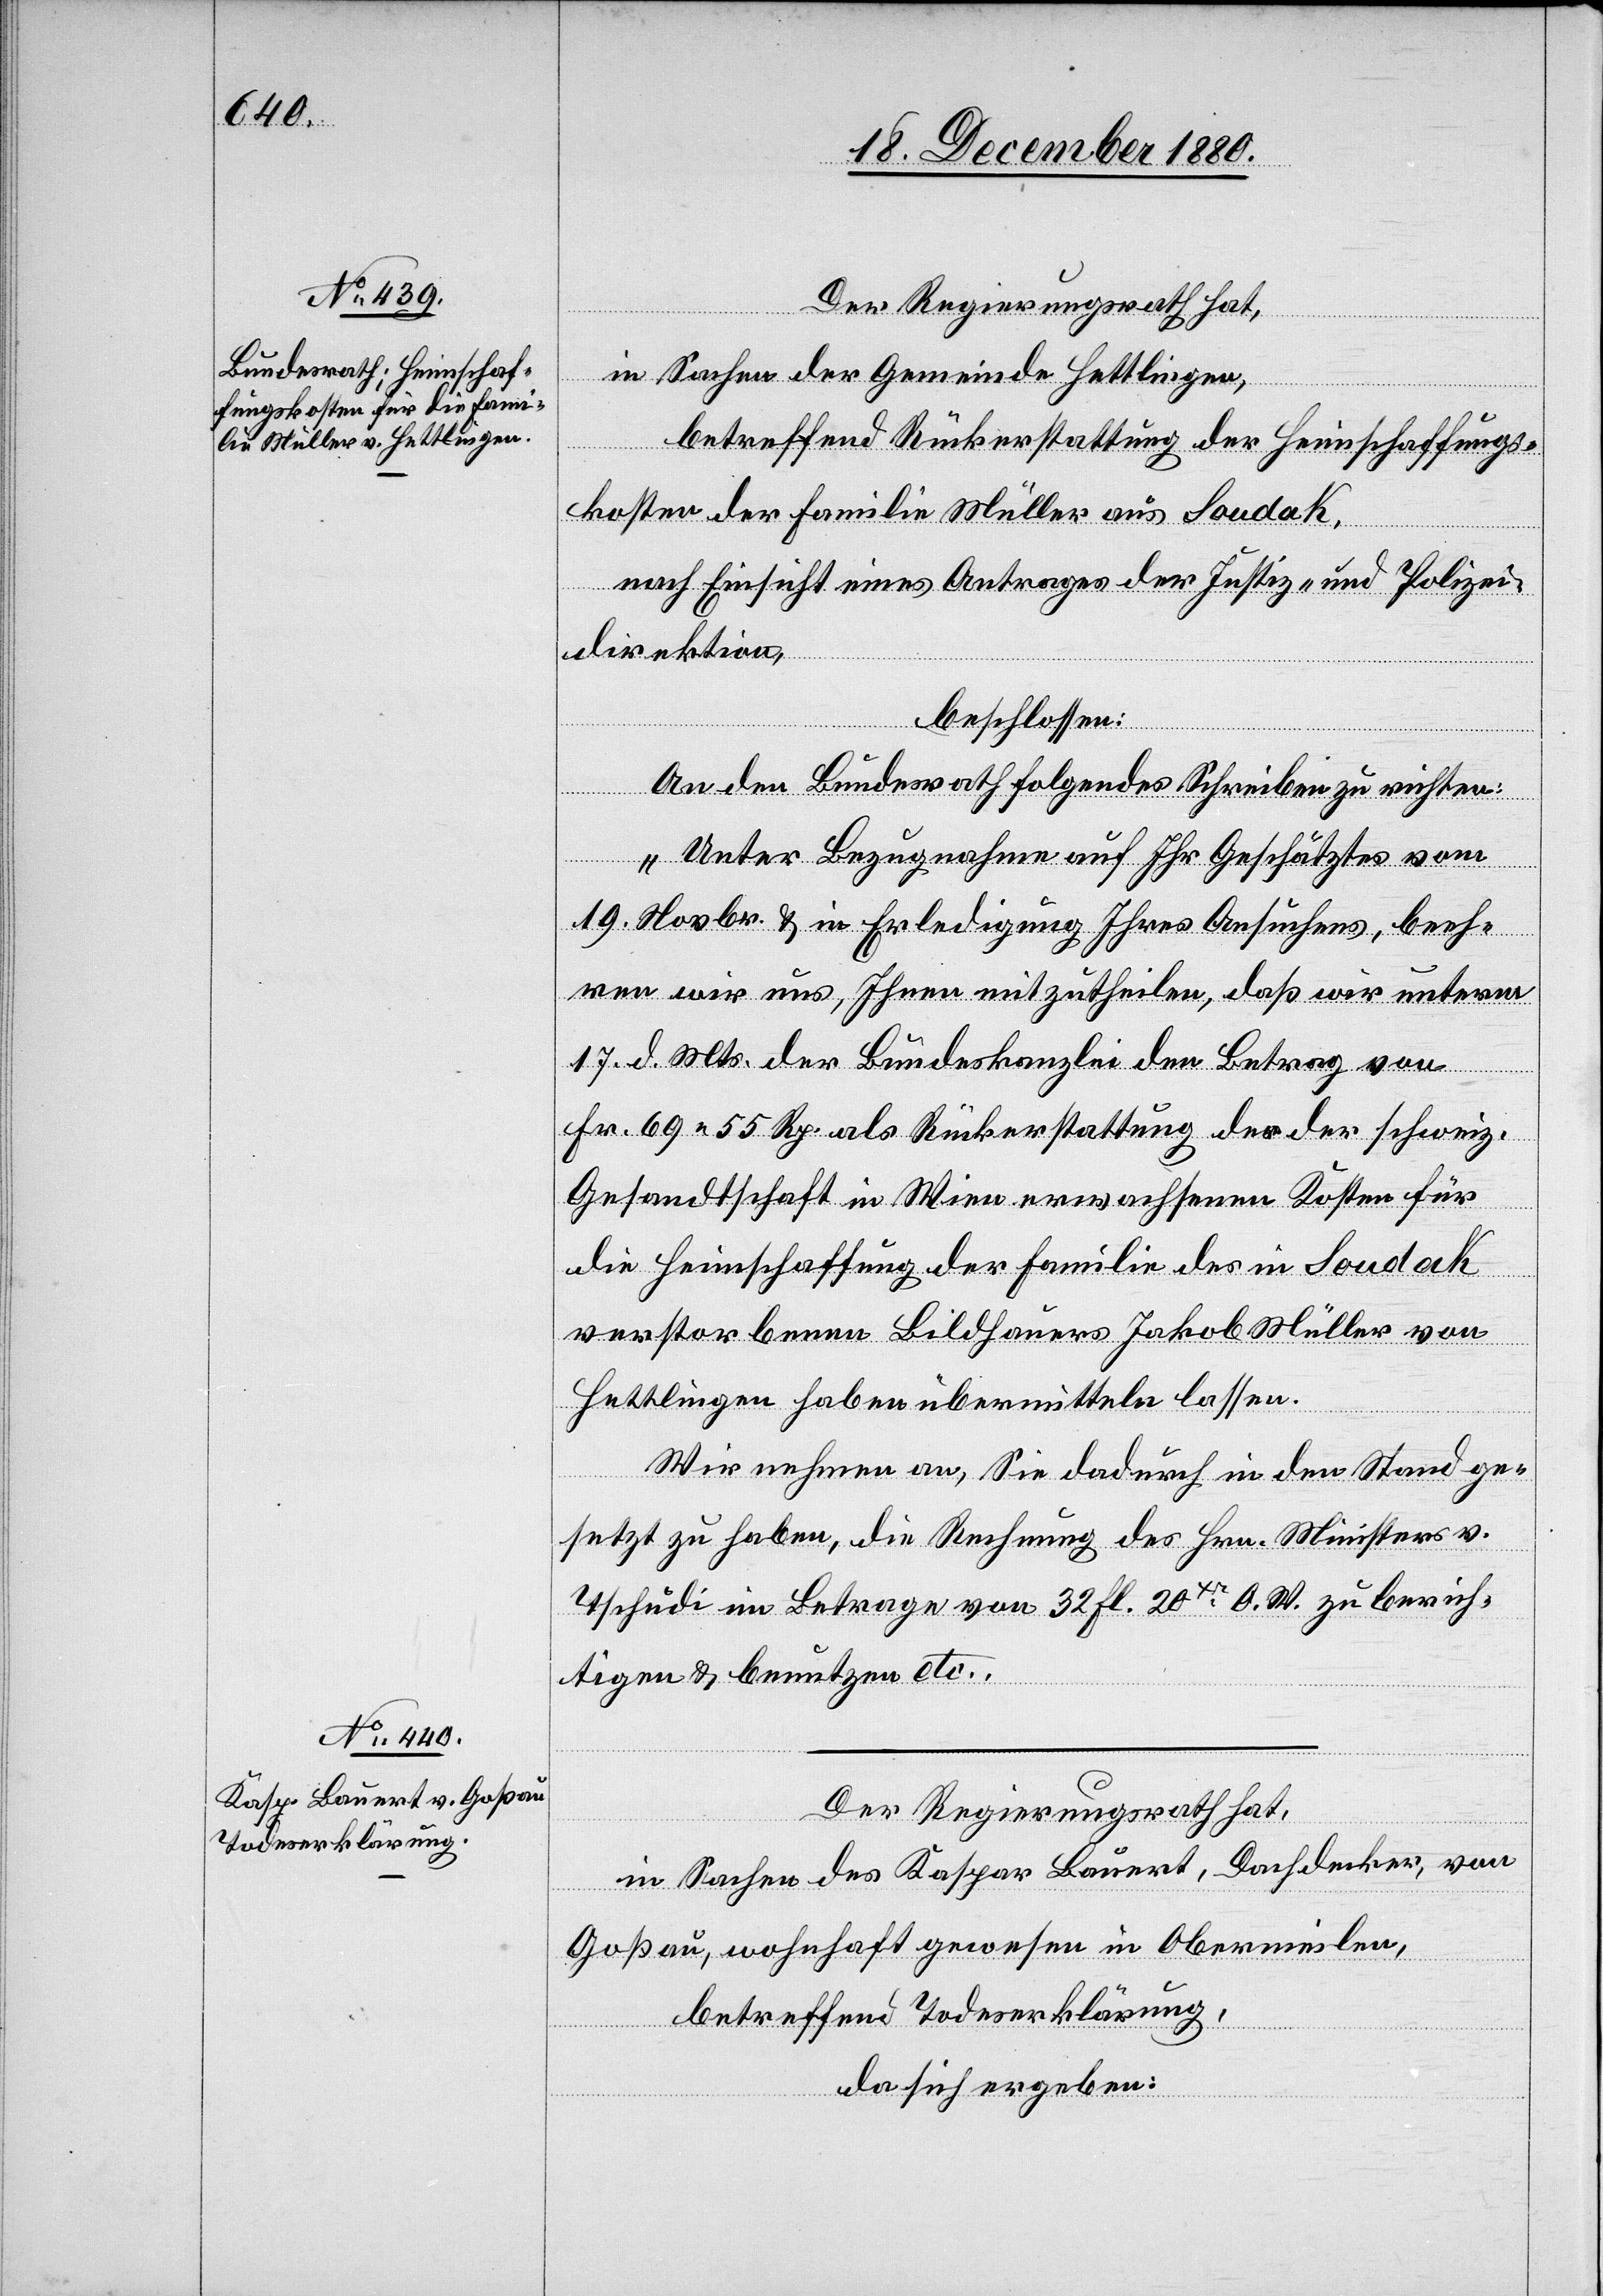
Der Regierungsrath hat,
in Sachen der Gemeinde Hettlingen,
betreffend Rückerstattung der Heimschaffungs¬
kosten der Familie Müller aus Soudak,
nach Einsicht eines Antrages der Justiz- und Polizei¬
direktion,
beschlossen:
An den Bundesrath folgendes Schreiben zu richten:
„Unter Bezugnahme auf Ihr Geschätztes vom
19. Novbr. & in Erledigung Ihres Ansuchens, beeh¬
ren wir uns, Ihnen mitzutheilen, daß wir unterm
17. d. Mts. der Bundeskanzlei den Betrag von
Fr. 69 55 Rp. als Rückerstattung des der schweiz.
Gesandtschaft in Wien erwachsenen Kosten für
die Heimschaffung der Familie des in Soudak
verstorbenen Bildhauers Jakob Müller von
Hettlingen haben übermitteln lassen.
Wir nehmen an, Sie dadurch in den Stand ge¬
setzt zu haben, die Rechnung des Hrn. Ministers v.
Tschudi im Betrage von 32 Fl. 20xr O. W. zu berich¬
tigen & benutzen etc.
Der Regierungsrath hat,
in Sachen des Kaspar Bauert, Dachdecker, von
Goßau, wohnhaft gewesen in Obermeilen,
betreffend Todeserklärung,
da sich ergeben: